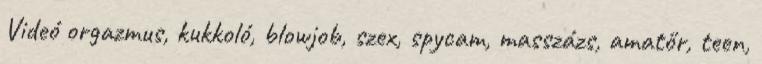
Videó orgazmus, kukkoló, blowjob, szex, spycam, masszázs, amatőr, teen,